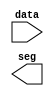
/*
 * Seven-segment display decoder
 *
 * January 25, 2017
 */

module mfp_ahb_sevensegdec(input      [3:0] data,
                           output reg [6:0] seg);

    // add code here.
	
endmodule